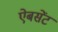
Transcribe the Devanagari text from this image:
ऐबसेंट